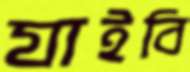
যাইবি